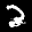
Label: 2